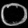
Digit: ၀